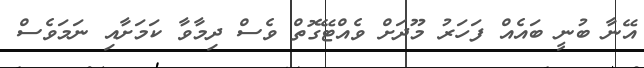
އޭނާ ބުނީ ބައެއް ފަހަރު މޫދަށް ވެއްޓޭގޮތް ވެސް ދިމާވާ ކަމަށާއި ނަމަވެސް